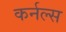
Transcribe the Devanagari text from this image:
कर्नल्स